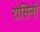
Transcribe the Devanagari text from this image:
रोसिनी